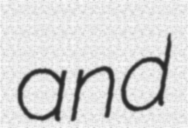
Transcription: and